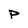
Character: p